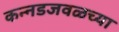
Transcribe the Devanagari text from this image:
कन्नडजवळच्या